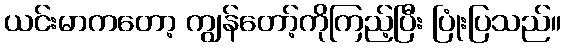
ယင်းမာကတော့ ကျွန်တော့်ကိုကြည့်ပြီး ပြုံးပြသည်။